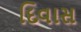
દિવાસ